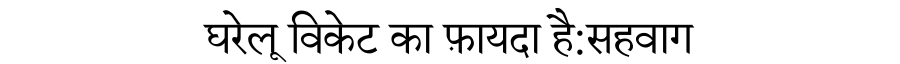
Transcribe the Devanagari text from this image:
घरेलू विकेट का फ़ायदा है:सहवाग